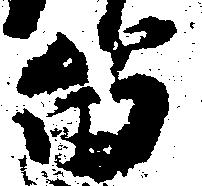
留